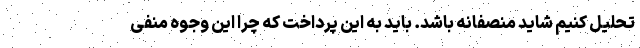
تحلیل کنیم شاید منصفانه باشد. باید به این پرداخت که چرا این وجوه منفی